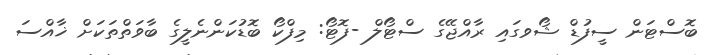
ބޮސްޓަން ސީފުޑް ޝޯވގައި ރާއްޖޭގެ ސްޓޯލް -ފޮޓޯ: މިފްކޯ ބޮޑުކަންނެލީގެ ބާވަތްތަކަށް ޚާއްސަ